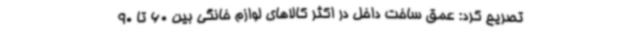
تصریح کرد: عمق ساخت داخل در اکثر کالاهای لوازم خانگی بین 60 تا 90